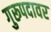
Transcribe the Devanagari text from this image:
गुरूपदावर